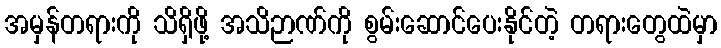
အမှန်တရားကို သိရှိဖို့ အသိဉာဏ်ကို စွမ်းဆောင်ပေးနိုင်တဲ့ တရားတွေထဲမှာ